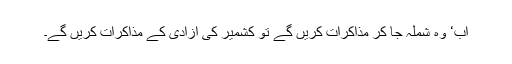
اب‘ وہ شملہ جا کر مذاکرات کریں گے تو کشمیر کی آزادی کے مذاکرات کریں گے۔